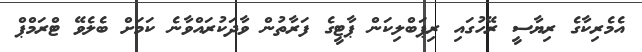
އެމެރިކާގެ ރިޔާސީ ރޭހުގައި ރިޕަބްލިކަން ޕާޓީގެ ފަރާތުން ވާދަކުރައްވާނެ ކަމަށް ބެލެވޭ ޓްރަމްޕް